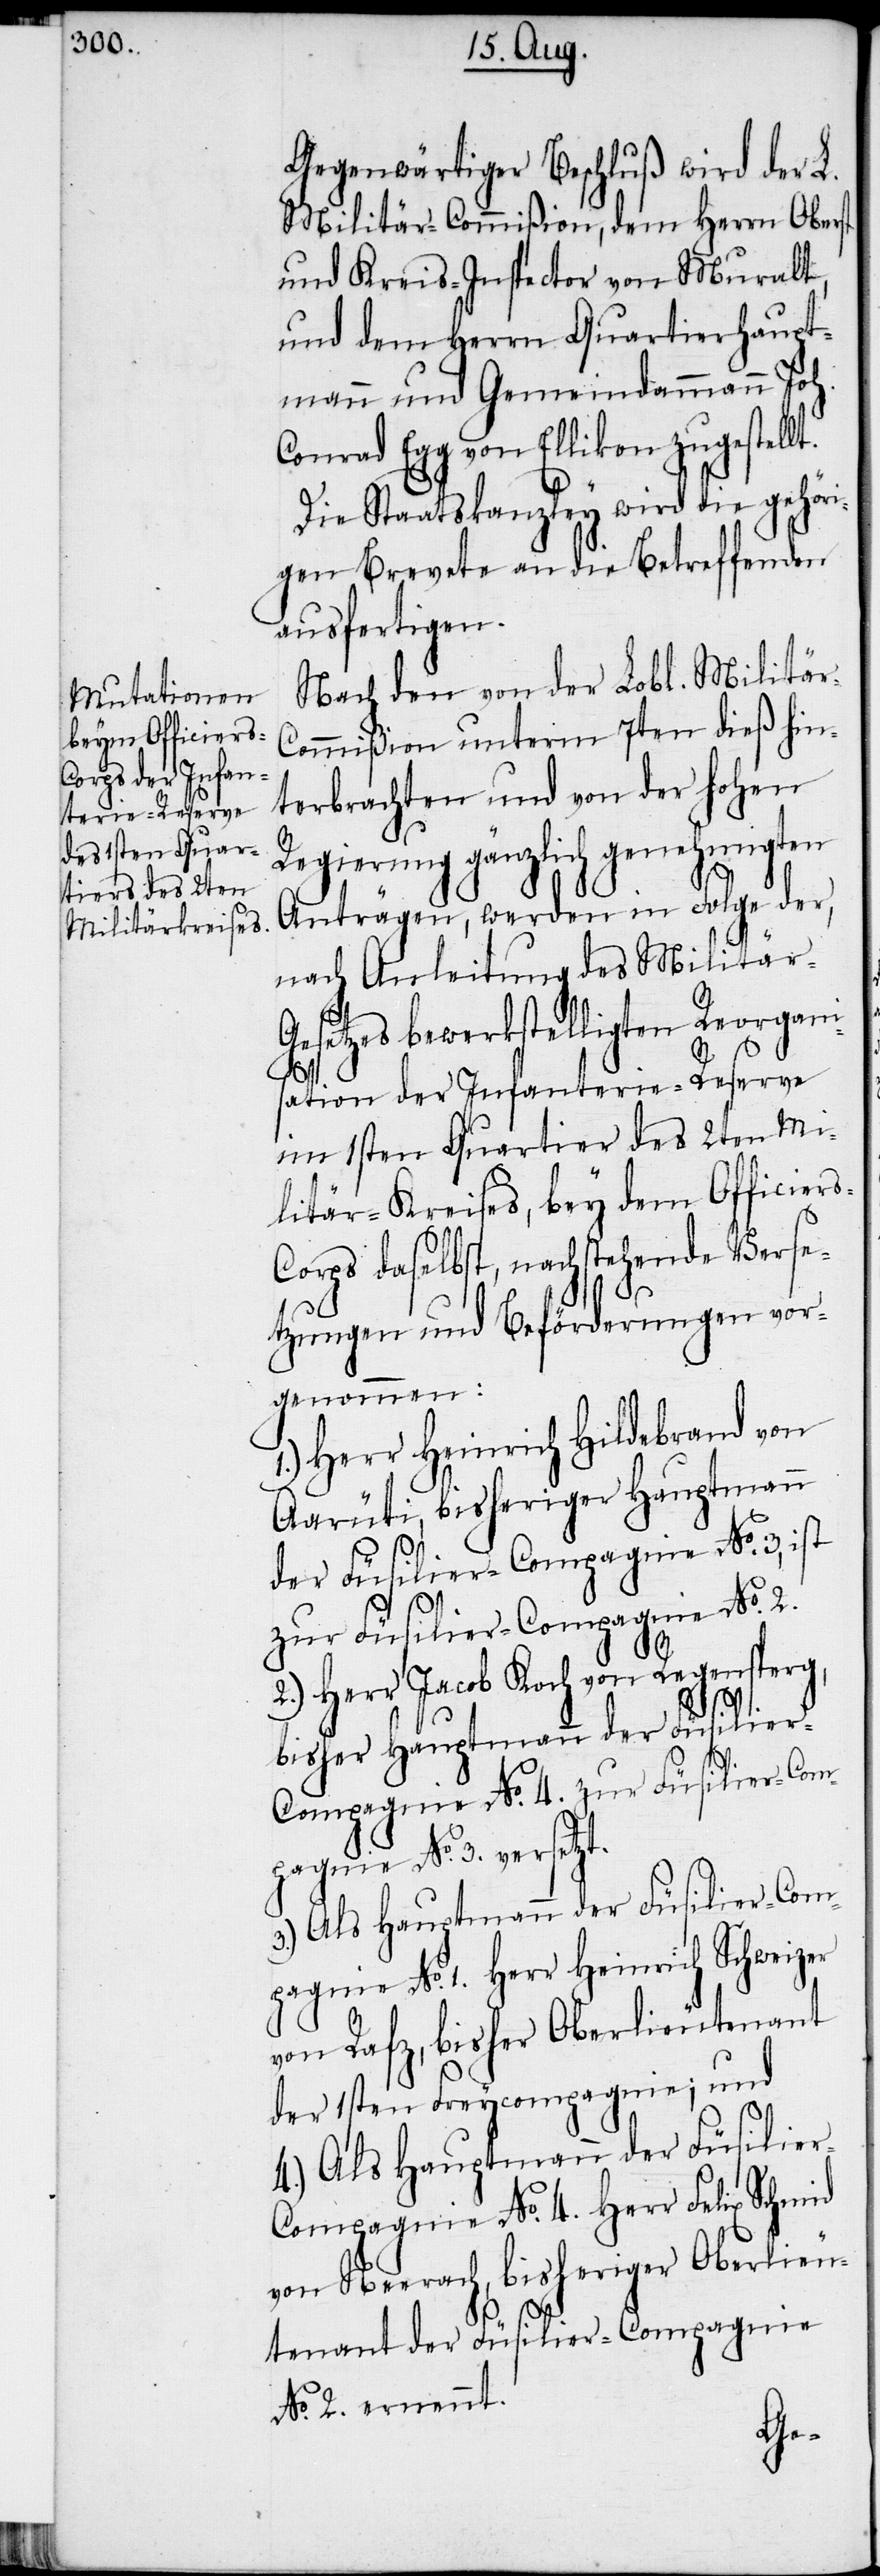
Gegenwärtiger Beschluß wird der L.
Militär-Commision, dem Herrn Oberst
und Kreis-Inspector von Muralt,
und dem Herrn Quartierhaupt¬
mann und Gemeindammann Joh.
Conrad Egg von Ellikon zugestellt.
Die Staatskanzley wird die gehöri¬
gen Brevete an die Betreffenden
ausfertigen.
Nach den von der Lobl. Militär-C¬
ommision unterm 7ten dieß hin¬
terbrachten und von der hohen
Regierung gänzlich genehmigten
Anträgen, werden in Folge der,
nach Anleitung des Militär-G¬
esetzes bewerkstelligten Reorgani¬
sation der Infanterie-Reserve
im 1sten Quartier des 2ten Mi¬
litär-Kreises, bey dem Officier¬
orps daselbst, nachstehende Verse¬
tzungen und Beförderungen vor¬
genommen:
1.) Herr Heinrich Hildebrand von
Aarüti, bisheriger Hauptmann
der Füsilier-Compagnie No. 3, ist
zur Füsilier-Compagnie No. 2.
2.) Herr Jacob Koch von Regensperg,
bisher Hauptmann der Füsilier-C¬
ompagnie No. 4. zur Füsilier-Com¬
pagnie No. 3. versetzt.
3.) Als Hauptmann der Füsilier-Com¬
pagnie No. 1. Herr Heinrich Schweizer
von Rafz, bisher Oberlieutenant
der 1sten Freycompagnie; und
4.) Als Hauptmann der Füsilie¬
ompagnie No. 4. Herr Felix Schmid
von Neerach, bisheriger Oberlieu¬
tenant der Füsilier-Compagnie
No. 2. ernennt.
r-C¬